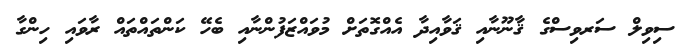
ސިވިލް ސަރވިސްގެ ޤާނޫނާއި ޤަވާއިދާ އެއްގޮތަށް މުވައްޒަފުންނާއި ބެހޭ ކަންތައްތައް ރާވައި ހިންގާ